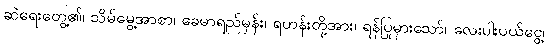
ဆဲရေးတွေ့၏၊ သိမ်မွေ့အာစာ၊ ခေမာရည်မှန်း၊ ရဟန်းတို့အား၊ ရန်ပြုမှားသော်၊ လေးပါးပယ်ငွေ့၊